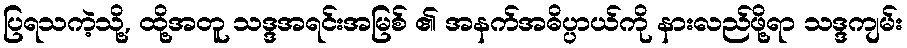
ပြရသကဲ့သို့, ထို့အတူ သဒ္ဒအရင်းအမြစ် ၏ အနက်အဓိပ္ပာယ်ကို နားလည်ဖို့ရာ သဒ္ဒကျမ်း